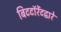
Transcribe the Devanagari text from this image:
बिटटॉरेंटद्वारे